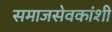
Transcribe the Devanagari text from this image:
समाजसेवकांशी